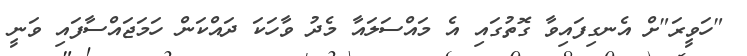
"ހަވީރަ"ށް އެނގިފައިވާ ގޮތުގައި އެ މައްސަލައާ މެދު ވާހަކަ ދައްކަން ހަމަޖައްސާފައި ވަނީ